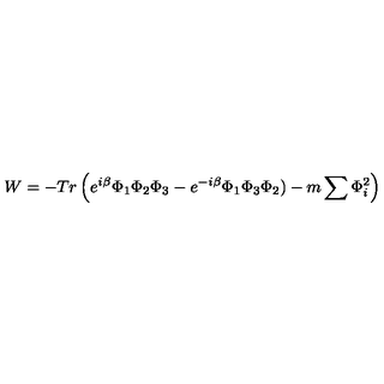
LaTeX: W = - T r \left( e ^ { i \beta } \Phi _ { 1 } \Phi _ { 2 } \Phi _ { 3 } - e ^ { - i \beta } \Phi _ { 1 } \Phi _ { 3 } \Phi _ { 2 } ) - m \sum \Phi _ { i } ^ { 2 } \right)